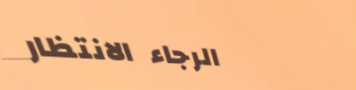
الرجاء الانتظار